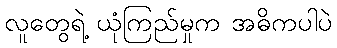
လူတွေရဲ့ ယုံကြည်မှုက အဓိကပါပဲ